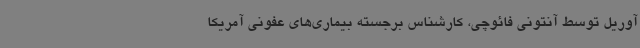
آوریل توسط آنتونی فائوچی، کارشناس برجسته بیماری‌های عفونی آمریکا